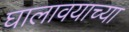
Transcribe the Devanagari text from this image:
घालावयाच्या